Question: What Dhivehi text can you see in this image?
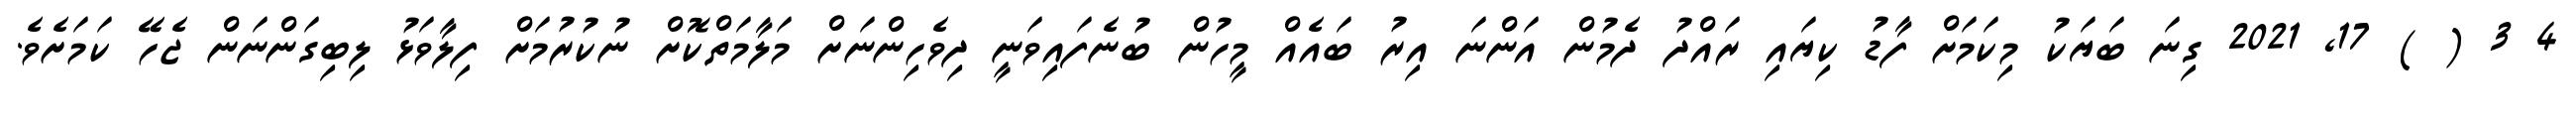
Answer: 4 3 ( ) 17, 2021 ގިނަ ބަޔަކު މިކަމަށް ފާޑު ކިޔައި ރައްދު ދެމުން އަންނަ އިރު ބައެއް މީހުން ބުނެފައިވަނީ ދިވެހިންނަށް މަލާމަތްކޮށް ނުކުރުމަށް ފިލާވަޅު ލިބިގަންނަން ޖެހޭ ކަމަށެވެ.